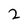
Character: 2